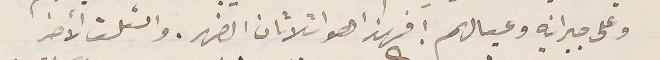
وعلى جيرانه وعيالهم ! فهذا هو اثلاثان الضهر. والثلث الآخر